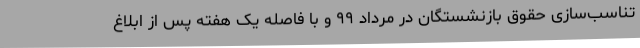
تناسب‌سازی حقوق بازنشستگان در مرداد ۹۹ و با فاصله یک هفته پس از ابلاغ